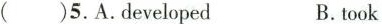
( )5.A.developed B.took